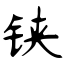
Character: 铗